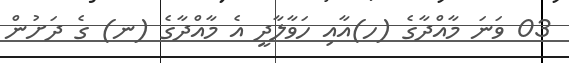
03 ވަނަ މާއްދާގެ (ހ)އާއި ހަވާލާދީ އެ މާއްދާގެ (ނ) ގެ ދަށުން